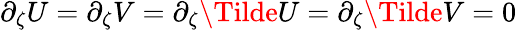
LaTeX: \partial_{\zeta}U=\partial_{\zeta}V=\partial_{\zeta}\Tilde{U}=\partial_{\zeta}\Tilde{V}=0